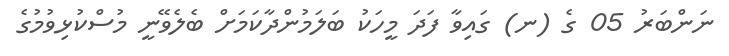
ނަންބަރު 05 ގެ (ނ) ގައިވާ ފަދަ މީހަކު ބަލަމުންދާކަމަށް ބެލެވޭނީ މުސްކުޅިވުމުގެ